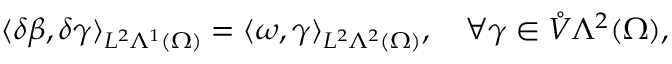
\langle \delta \beta , \delta \gamma \rangle _ { L ^ { 2 } \Lambda ^ { 1 } ( \Omega ) } = \langle \omega , \gamma \rangle _ { L ^ { 2 } \Lambda ^ { 2 } ( \Omega ) } , \quad \forall \gamma \in \mathring { V } \Lambda ^ { 2 } ( \Omega ) ,